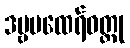
ဒဗ္ဗမထေရ်ဝတ္ထု